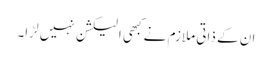
ان کے ذاتی ملازم نے کبھی الیکشن نہیں لڑا۔